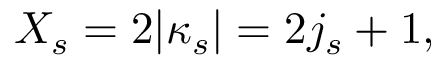
X _ { s } = 2 | \kappa _ { s } | = 2 j _ { s } + 1 ,